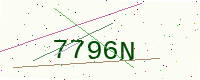
Text: 7796N